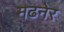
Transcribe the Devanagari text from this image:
मढनेर